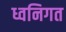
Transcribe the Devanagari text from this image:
ध्वनिगत